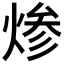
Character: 𰞷